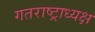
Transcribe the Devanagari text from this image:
गतराष्ट्राध्यक्ष